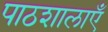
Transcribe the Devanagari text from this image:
पाठशालाऍं